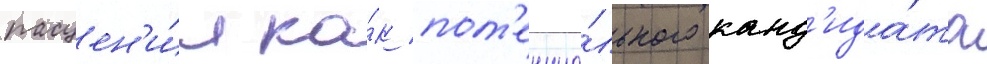
расцен'и́л ка́к пот'енциа́льного канд'ида́та